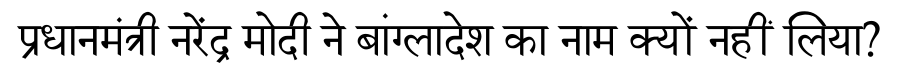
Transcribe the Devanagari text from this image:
प्रधानमंत्री नरेंद्र मोदी ने बांग्लादेश का नाम क्यों नहीं लिया?